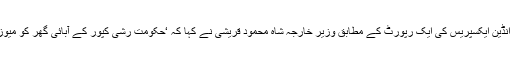
بھارتی نیوز ویب سائٹ انڈین ایکسپریس کی ایک رپورٹ کے مطابق وزیر خارجہ شاہ محمود قریشی نے کہا کہ ‘حکومت رشی کپور کے آبائی گھر کو میوزیم میں تبدیل کرے گی’۔